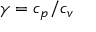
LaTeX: \gamma = c _ { p } / c _ { v }